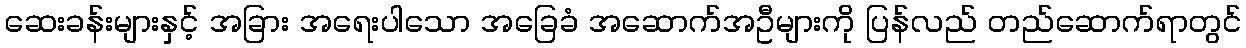
ဆေးခန်းများနှင့် အခြား အရေးပါသော အခြေခံ အဆောက်အဦများကို ပြန်လည် တည်ဆောက်ရာတွင်